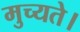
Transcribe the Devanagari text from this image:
मुच्यते।